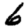
Digit: 6